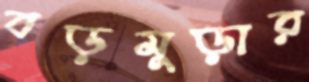
বড়মুড়ার